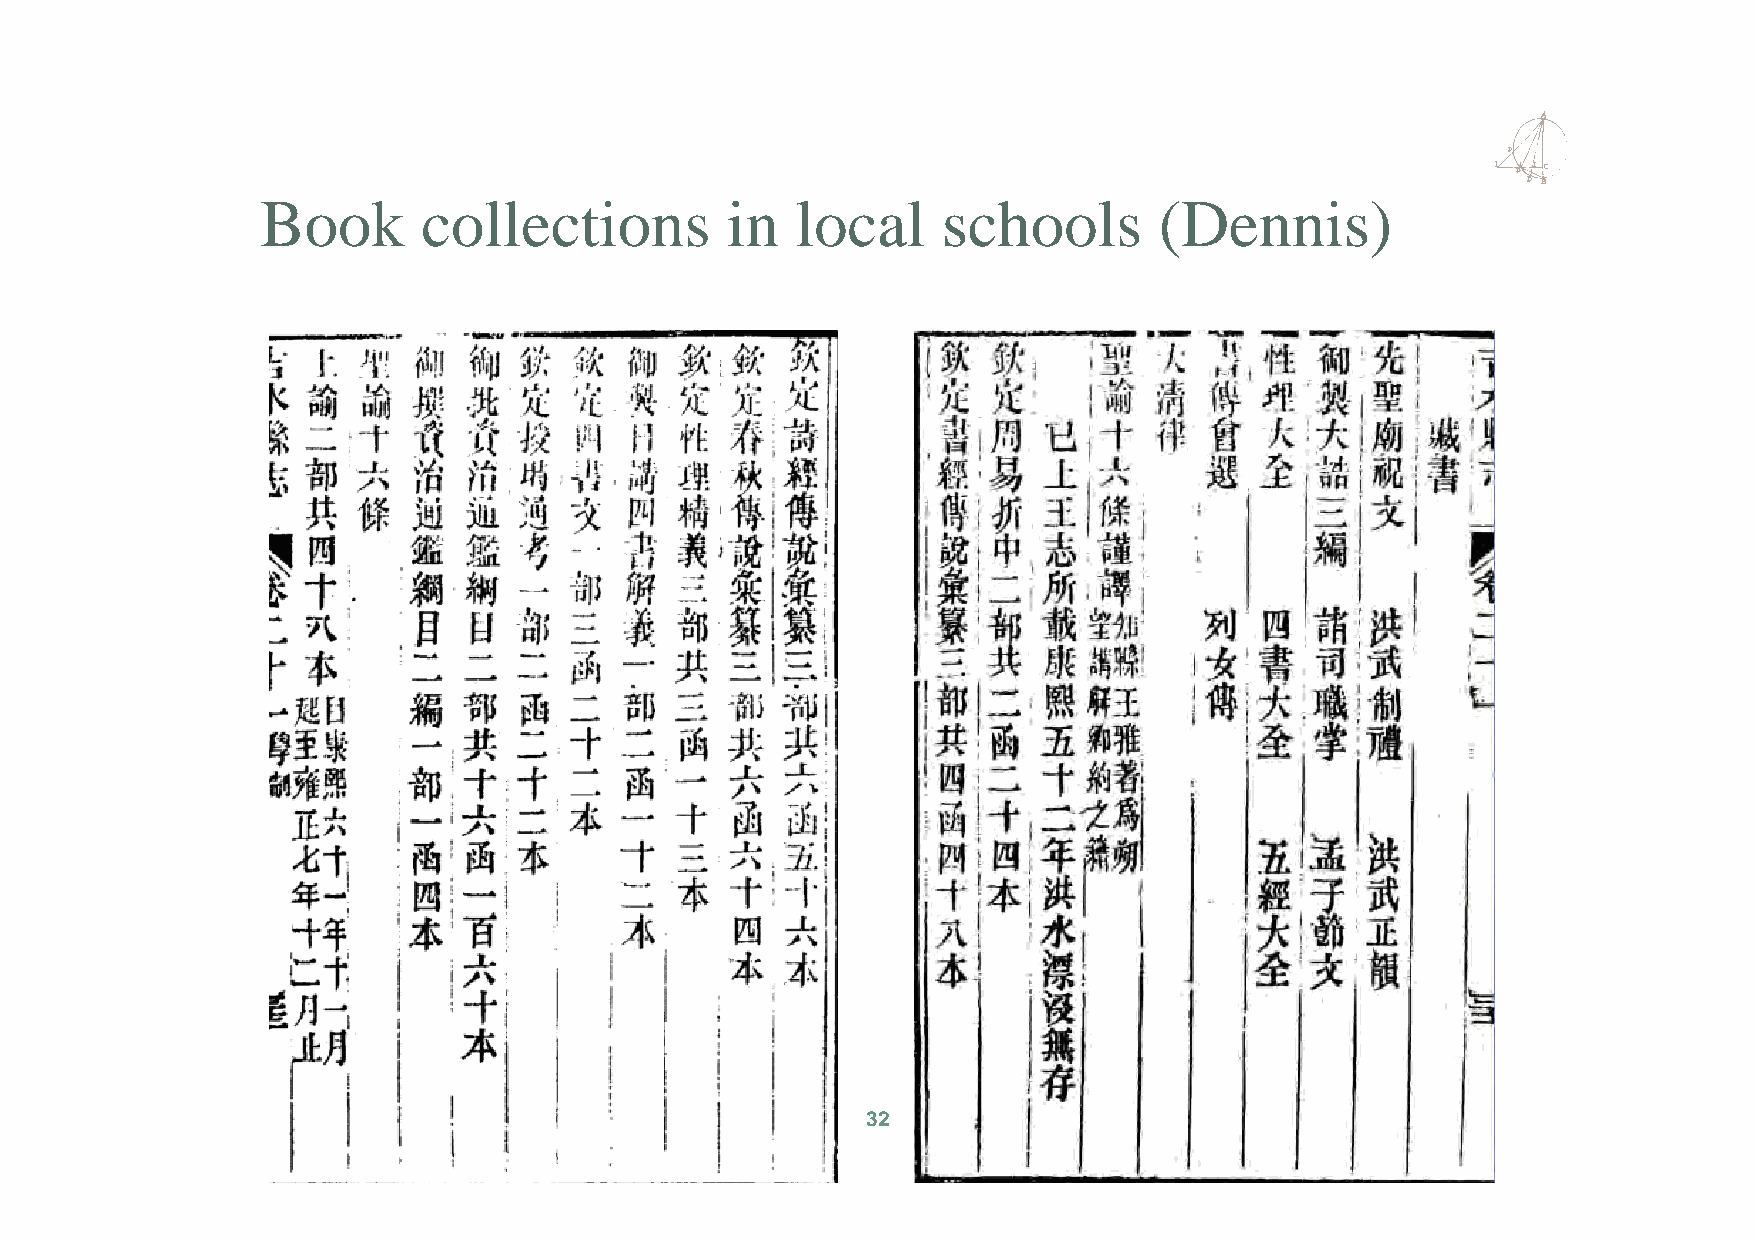
Book       collections         in   local    schools        (Dennis)
 32